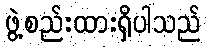
ဖွဲ့စည်းထားရှိပါသည်